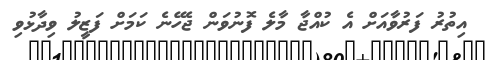
އިތުރު ފަރުވާއަށް އެ ކުއްޖާ މާލެ ފޮނުވަން ޖެހޭނެ ކަމަށް ފަޒީލު ވިދާޅުވި